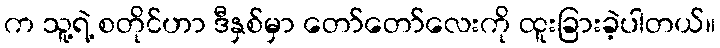
က သူ့ရဲ့ စတိုင်ဟာ ဒီနှစ်မှာ တော်တော်လေးကို ထူးခြားခဲ့ပါတယ်။